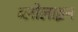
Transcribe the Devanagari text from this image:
ब्लोलाइन